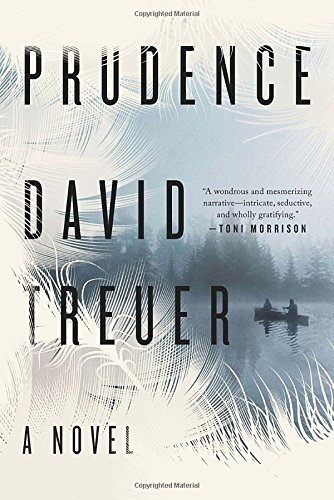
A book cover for Prudence: A Novel; David Treuer; Literature & Fiction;